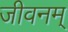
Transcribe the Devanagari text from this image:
जीवनम्